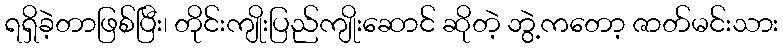
ရရှိခဲ့တာဖြစ်ပြီး၊ တိုင်းကျိုးပြည်ကျိုးဆောင် ဆိုတဲ့ ဘွဲ့ကတော့ ဇာတ်မင်းသား